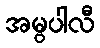
အမ္ဗပါလီ